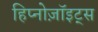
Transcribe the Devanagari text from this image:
हिप्नोज़ॉइट्स